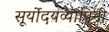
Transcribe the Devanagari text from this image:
सूर्योदयव्यापिनी